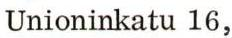
Unioninkatu 16,